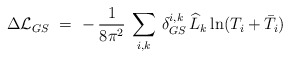
\begin{align*}\Delta {\cal L}_{GS}\ =\ -\, \frac{1}{8 \pi^2}\: \sum_{i,k}\, \delta^{i,k}_{GS}\, \widehat L_k \ln (T_i + \bar T_i)\end{align*}